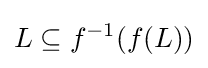
L\subseteq f^{-1}(f(L))